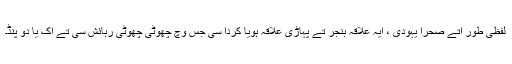
لفظی طور اُتے صحرا یہودی ، ایہ علاقہ بنجر تے پہاڑی علاقہ ہويا کردا سی جس وچ چھوٹی چھوٹی رہائش سی تے اک یا دو پنڈ۔